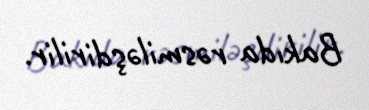
Bakıda rəsmiləşdirilir.